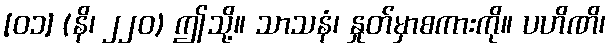
[၀၁] (နိ၊ ၂၂၀) ဤသို့။ သာသနံ၊ နှုတ်မှာစကားကို။ ပဟိဏိ၊